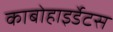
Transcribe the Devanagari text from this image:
काबोहाइर्डेटस